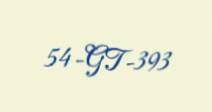
54-GT-393